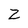
Character: Z